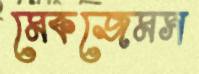
মেকজেমস